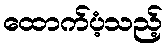
ထောက်ပံ့သည့်